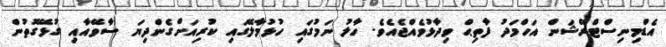
އެޑްމިނިސްޓްރޭޝަން އަހްމަދު ފާތިޙް ވިދާޅުވެއްޖެއެވެ. ހާލު ނަމުގައި ހުޅުމާލޭގައި ކުރިއަށްގެންދިޔަ ސާވޭއާއި ގުޅޭގޮތުން